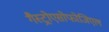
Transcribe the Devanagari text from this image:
गैस्ट्रोएसोफोजिएल